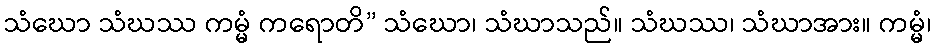
သံဃော သံဃဿ ကမ္မံ ကရောတိ” သံဃော၊ သံဃာသည်။ သံဃဿ၊ သံဃာအား။ ကမ္မံ၊